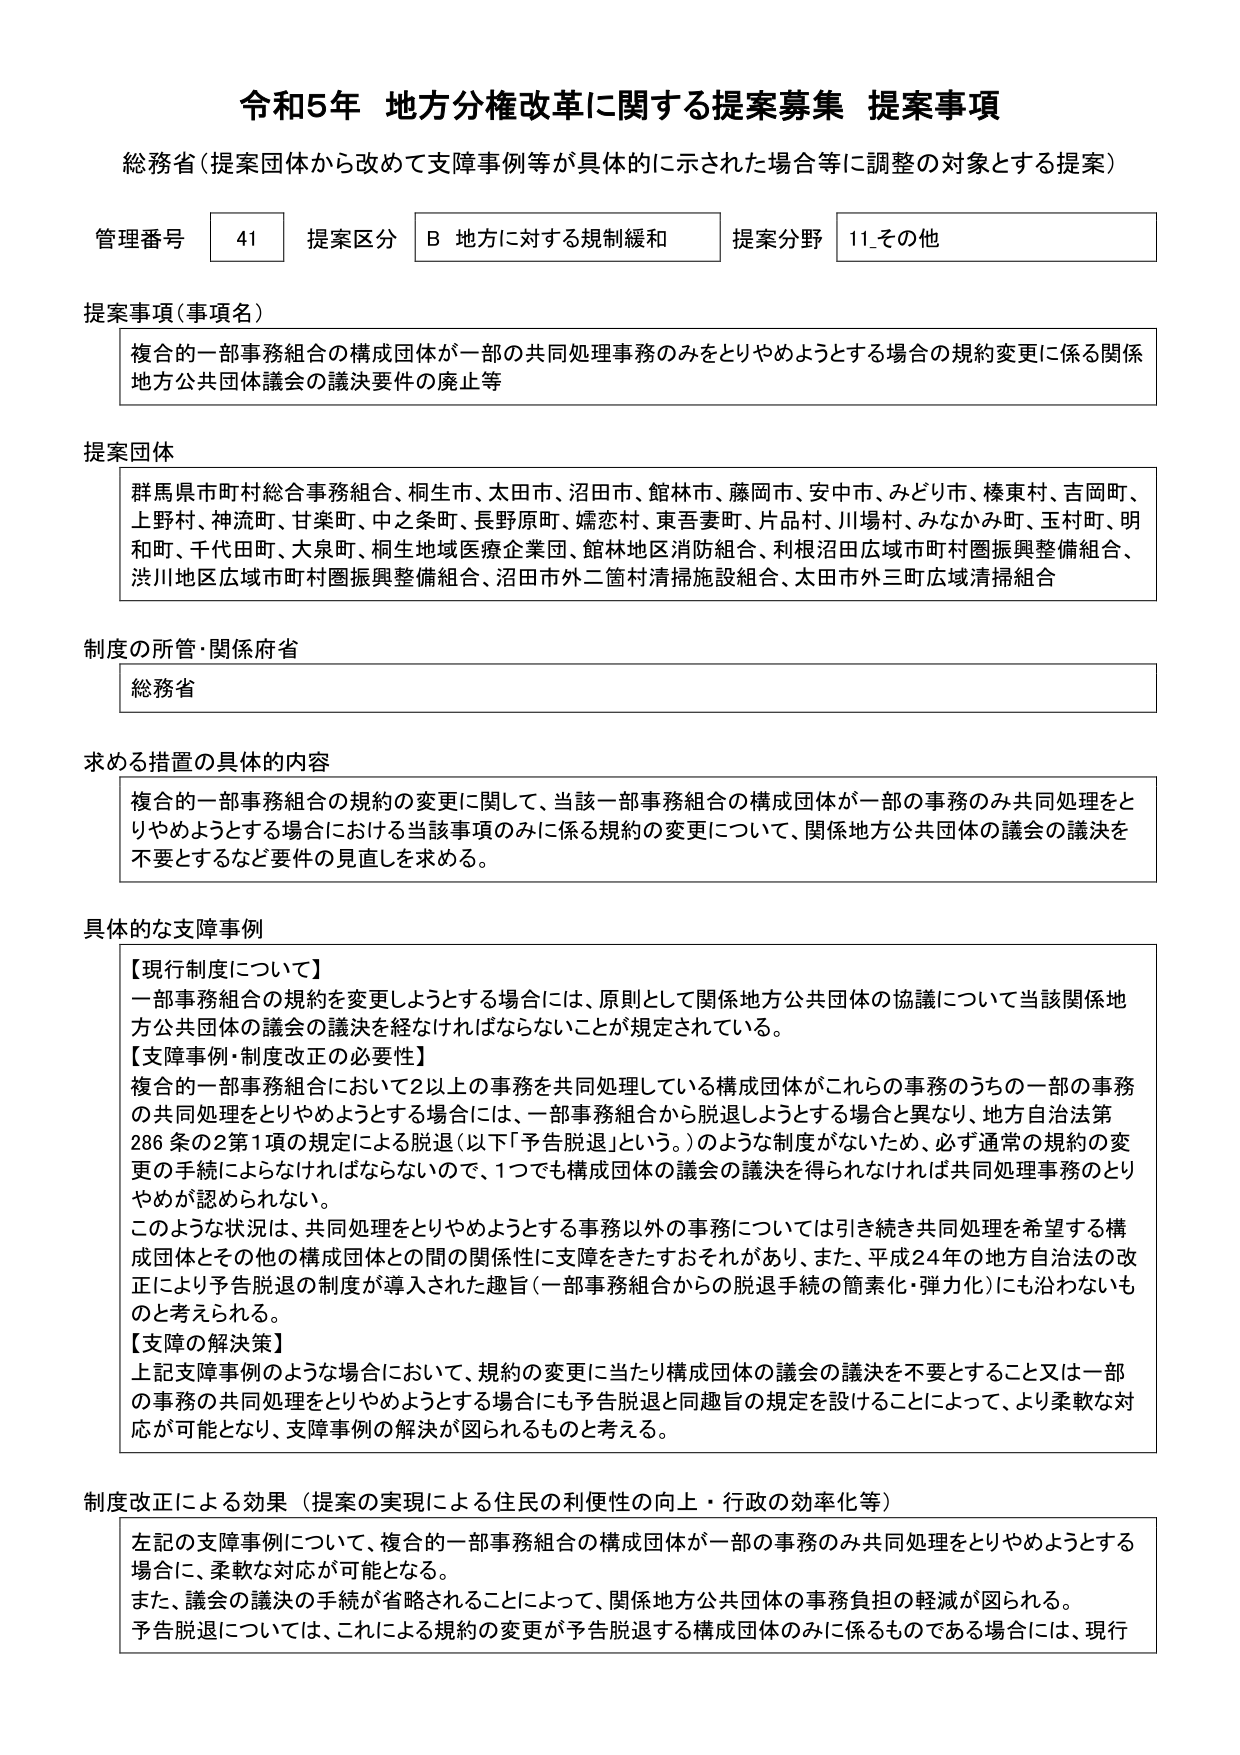
令和5年 地方分権改革に関する提案募集 提案事項
総務省（提案団体から改めて支障事例等が具体的に示された場合等に調整の対象とする提案）

管理番号 41 提案区分 B 地方に対する規制緩和 提案分野 11_その他

提案事項（事項名）
複合の一部事務組合の構成団体が一部の共同処理事務のみをとりやめようとする場合の規約変更に係る関係地方公共団体議会の議決要件の廃止等

提案団体
群馬県市町村総合事務組合、桐生市、太田市、沼田市、館林市、藤岡市、安中市、みどり市、榛東村、吉岡町、上野村、神流町、甘楽町、中之条町、長野原町、嬬恋村、東吾妻町、片品村、川場村、みなかみ町、玉村町、明和町、千代田町、大泉町、桐生地域医療企業団、館林地区消防組合、利根沼田広域市町村圏振興整備組合、渋川地区広域市町村圏振興整備組合、沼田市外二箇村清掃施設組合、太田市外三町広域清掃組合

制度の所管・関係府省
総務省

求める措置の具体的内容
複合の一部事務組合の規約の変更に関して、当該一部事務組合の構成団体が一部の事務のみ共同処理をとりやめようとする場合における当該事項のみに係る規約の変更について、関係地方公共団体の議会の議決を不要とするなど要件の見直しを求める。

具体的な支障事例
【現行制度について】
一部事務組合の規約を変更しようとする場合には、原則として関係地方公共団体の協議について当該関係地方公共団体の議会の議決を経なければならないことが規定されている。
【支障事例・制度改正の必要性】
複合の一部事務組合において2以上の事務を共同処理している構成団体がこれらの事務のうち一部の事務の共同処理をとりやめようとする場合には、一部事務組合から脱退しようとする場合と異なり、地方自治法第286条の2第1項の規定による脱退（以下「予告脱退」という。）のような制度がないため、必ず通常の規約の変更の手続によらなければならないので、1つでも構成団体の議会の議決を得られなければ共同処理事務のとりやめが認められない。
このような状況は、共同処理をとりやめようとする事務以外の事務については引き続き共同処理を希望する構成団体とその他の構成団体との間の関係性に支障をきたすおそれがあり、また、平成24年の地方自治法の改正により予告脱退の制度が導入された趣旨（一部事務組合からの脱退手続の簡素化・弾力化）にも沿わないものと考えられる。
【支障の解決策】
上記支障事例のような場合において、規約の変更に当たり構成団体の議会の議決を不要とすること又は一部の事務の共同処理をとりやめようとする場合にも予告脱退と同趣旨の規定を設けることによって、より柔軟な対応が可能となり、支障事例の解決が図られるものと考える。

制度改正による効果（提案の実現による住民の利便性の向上・行政の効率化等）
左記の支障事例について、複合の一部事務組合の構成団体が一部の事務のみ共同処理をとりやめようとする場合に、柔軟な対応が可能となる。
また、議会の議決の手続が省略されることによって、関係地方公共団体の事務負担の軽減が図られる。
予告脱退については、これによる規約の変更が予告脱退する構成団体のみに係るものである場合には、現行